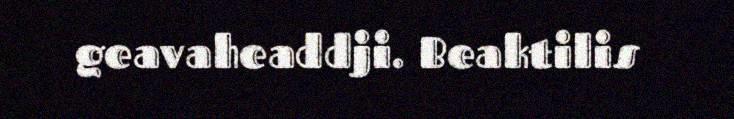
geavaheaddji. Beaktilis